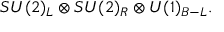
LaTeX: S U ( 2 ) _ { L } \otimes S U ( 2 ) _ { R } \otimes U ( 1 ) _ { B - L } .